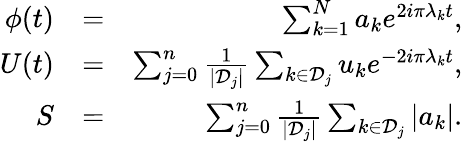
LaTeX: \begin{array}{rlr}{\phi(t)}&{=}&{\sum_{k=1}^{N}a_{k}e^{2i\pi\lambda_{k}t},}\\ {U(t)}&{=}&{\sum_{j=0}^{n}\frac{1}{|{\mathcal D}_{j}|}\sum_{k\in{\mathcal D}_{j}}u_{k}e^{-2i\pi\lambda_{k}t},}\\ {S}&{=}&{\sum_{j=0}^{n}\frac{1}{|{\mathcal D}_{j}|}\sum_{k\in{\mathcal D}_{j}}|a_{k}|.}\end{array}